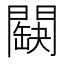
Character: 𨶏